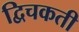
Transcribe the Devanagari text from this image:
द्विचकती